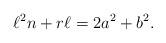
LaTeX: \begin{align*}\ell ^2n+r\ell = 2a^2+b^2.\end{align*}